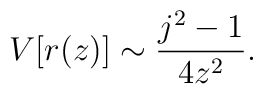
V[r(z)] \sim \frac{j^2-1}{4z^2}.